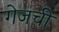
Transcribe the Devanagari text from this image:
गेजची